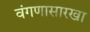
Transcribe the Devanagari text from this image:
वंगणासारखा